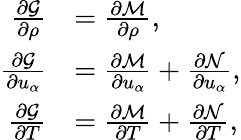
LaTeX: \begin{array}{rl}{\frac{\partial\mathcal{G}}{\partial\rho}}&{=\frac{\partial\mathcal{M}}{\partial\rho},}\\ {\frac{\partial\mathcal{G}}{\partial u_{\alpha}}}&{=\frac{\partial\mathcal{M}}{\partial u_{\alpha}}+\frac{\partial\mathcal{N}}{\partial u_{\alpha}},}\\ {\frac{\partial\mathcal{G}}{\partial T}}&{=\frac{\partial\mathcal{M}}{\partial T}+\frac{\partial\mathcal{N}}{\partial T},}\end{array}